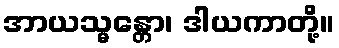
အာယသ္မန္တော၊ ဒါယကာတို့။